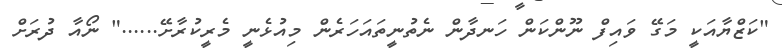
"ކަޒްޔާއަކީ މަގޭ ވައިފް ނޫންކަން ހަނދާން ނެތުނީތައަހަރެން މިއުޅެނީ މެރީކުރާށޭ......" ނޯއާ ދުރަށް